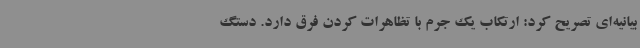
بیانیه‌ای تصریح کرد: ارتکاب یک جرم با تظاهرات کردن فرق دارد. دستگ